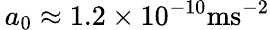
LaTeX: \, a_{0}\approx 1.2\times 10^{-10}\mathrm{ms}^{-2}